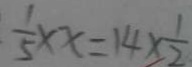
\frac { 1 } { 5 } \times x = 1 4 \times \frac { 1 } { 2 }